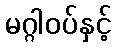
မဂ္ဂါဝပ်နှင့်